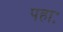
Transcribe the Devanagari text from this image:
पहाः